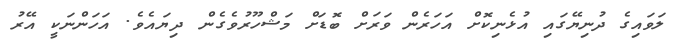
ލަވައިގެ ދުނިޔޭގައި އުޅެނިކޮށް އަހަރެން ވަރަށް ބޮޑަށް މަޝްހޫރުވެގެން ދިޔައެވެ. އަހަންނަކީ އޭރު